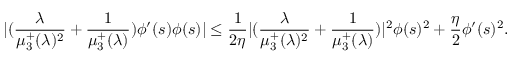
| ( \frac { \lambda } { \mu _ { 3 } ^ { + } ( \lambda ) ^ { 2 } } + \frac { 1 } { \mu _ { 3 } ^ { + } ( \lambda ) } ) \phi ^ { \prime } ( s ) \phi ( s ) | \le \frac { 1 } { 2 \eta } | ( \frac { \lambda } { \mu _ { 3 } ^ { + } ( \lambda ) ^ { 2 } } + \frac { 1 } { \mu _ { 3 } ^ { + } ( \lambda ) } ) | ^ { 2 } \phi ( s ) ^ { 2 } + \frac { \eta } { 2 } \phi ^ { \prime } ( s ) ^ { 2 } .